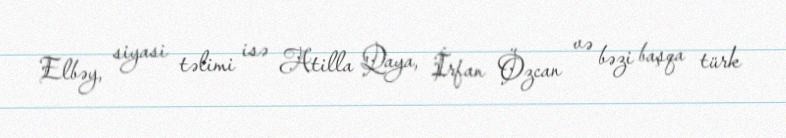
Elbəy, siyasi təlimi isə Atilla Qaya, İrfan Özcan və bəzi başqa türk